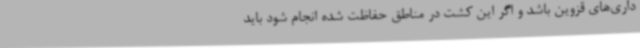
داری‌های قزوین باشد و اگر این کشت در مناطق حفاظت شده انجام شود باید